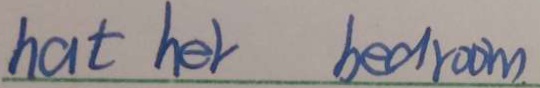
h a t h e r b e d r o o m m